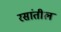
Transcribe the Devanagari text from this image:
रसांतील